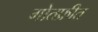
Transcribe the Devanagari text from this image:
गोतफ्रीत